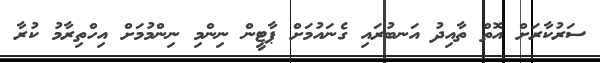
ސަރުކާރަށް އޮތް ތާއިދު އަނބުރައި ގެނައުމަށް ޕާޓީން ނިންމި ނިންމުމަށް އިހްތިރާމު ކުރާ